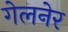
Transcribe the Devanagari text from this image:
गेलनेर